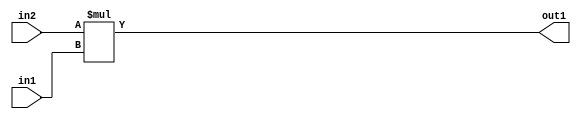
`timescale 1ps / 1ps
/*****************************************************************************
    Verilog RTL Description
    
    
    Created by: Stratus DpOpt 21.05.01 
*******************************************************************************/

module SobelFilter_Mul_32Ux24U_33U_1 (
	in2,
	in1,
	out1
	); /* architecture "behavioural" */ 
input [31:0] in2;
input [23:0] in1;
output [32:0] out1;
wire [32:0] asc001;

assign asc001 = 
	+(in2 * in1);

assign out1 = asc001;
endmodule

/* CADENCE  ubH4SAk= : u9/ySxbfrwZIxEzHVQQV8Q== ** DO NOT EDIT THIS LINE ******/